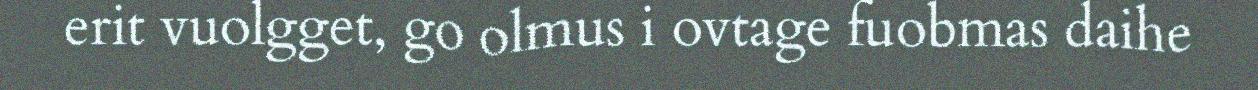
erit vuolgget, go olmus i ovtage fuobmas daihe